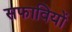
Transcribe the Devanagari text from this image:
सफावियों